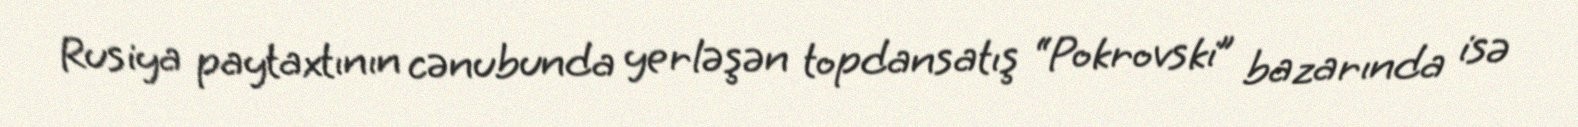
Rusiya paytaxtının cənubunda yerləşən topdansatış “Pokrovski” bazarında isə